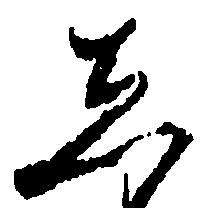
し